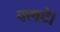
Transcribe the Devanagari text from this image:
पलटे।